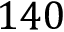
1 4 0